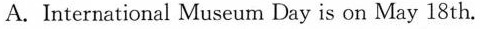
A. International Museum Day is on May 18 th.